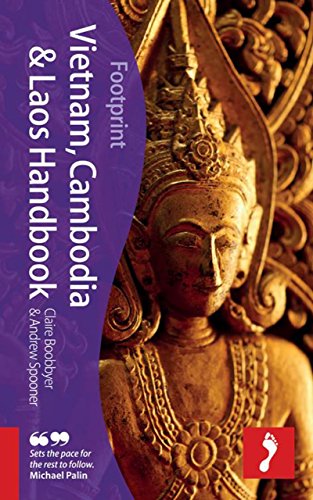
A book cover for Vietnam, Cambodia & Laos Handbook, 3rd: Travel guide to Vietnam, Cambodia & Laos (Footprint - Handbooks); Claire Boobbyer; Travel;